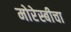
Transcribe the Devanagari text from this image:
मोरेस्बीचा